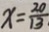
x = \frac { 2 0 } { 1 3 }